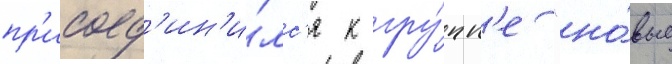
пр'исоед'ин'и́лс'я к гру́пп'е "но́вые